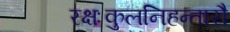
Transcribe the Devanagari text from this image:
रक्षःकुलनिहन्तारौ